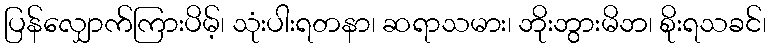
ပြန်လျှောက်ကြားပိမ့်၊ သုံးပါးရတနာ၊ ဆရာသမား၊ ဘိုးဘွားမိဘ၊ စိုးရသခင်၊